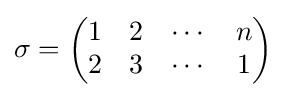
\sigma ={\begin{pmatrix}1&2&\cdots &n\\2&3&\cdots &1\end{pmatrix}}